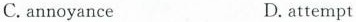
C. annoyance D. attempt